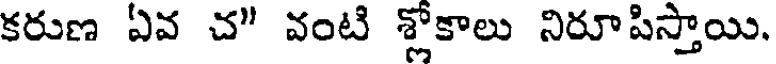
కరుణ ఏవ చ" వంటి శ్లోకాలు నిరూపిస్తాయి.